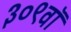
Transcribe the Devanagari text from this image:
३०९वॉ